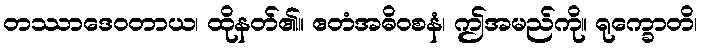
တဿာဒေဝတာယ၊ ထိုနတ်၏။ ဧတံအဓိဝစနံ၊ ဤအမည်ကို။ ရုက္ခောတိ၊